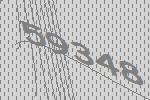
59348